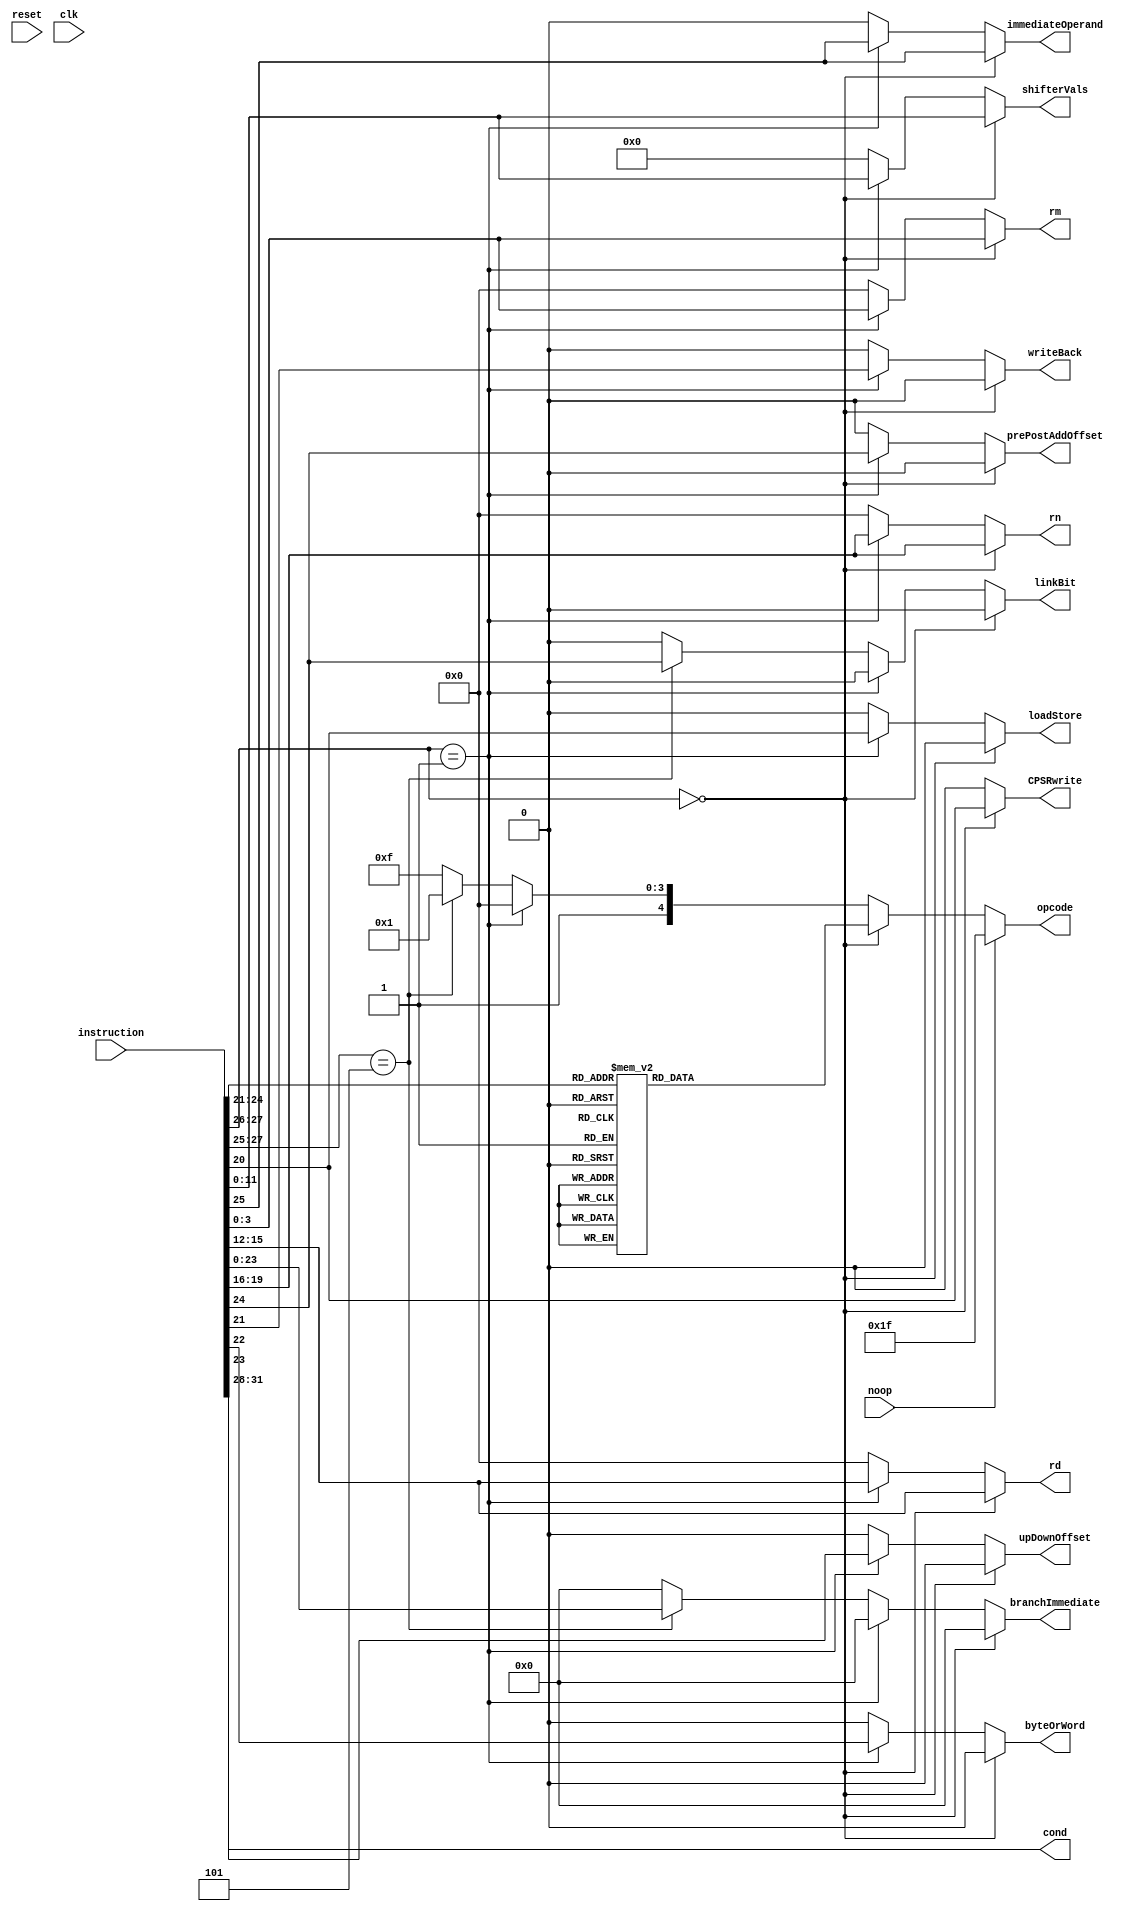
module  sortInstruction(instruction, noop,linkBit, prePostAddOffset, upDownOffset, shifterVals,
												byteOrWord, writeBack, loadStore, rd, rn, rm, opcode,
												cond, branchImmediate, reset, clk, CPSRwrite, immediateOperand);

	input wire [31:0] instruction;
	input wire reset, clk, noop;

	output reg linkBit, prePostAddOffset, upDownOffset, byteOrWord, writeBack,
							 loadStore, CPSRwrite, immediateOperand;
	output reg [3:0] rd, rn, rm, cond;
	output reg [4:0] opcode;
	output reg [23:0] branchImmediate;
	
	
	//no more rotateVal, immediateVal
	//no more rm_shiftSDT
	output reg [11:0] shifterVals;

	

	always @* begin

	// information used by all instructions
		cond = instruction [31:28];
		opcode = 5'b11111; //invalid opcode
		rn = 0;
		rd = 0;
		rm = 0;
		
		// data processing information
		CPSRwrite = 0;
		immediateOperand = 0;
		
		//single data transfer information
		linkBit = 0;
		branchImmediate = 0;
		prePostAddOffset = 0;
		upDownOffset = 0;
		byteOrWord = 0;
		writeBack = 0;
		loadStore = 0;
		shifterVals = 0;

		if (instruction [27:26] == 2'b00)  //if instruction format is "data processing"
		
		begin
			rn = instruction[19:16];
			rd = instruction[15:12];
			rm = instruction[3:0];
			immediateOperand = instruction[25];
			shifterVals = instruction[11:0];
			CPSRwrite = instruction [20]; 		// Set conditionc codes
		
			case (instruction [24:21]) //opcode
			//	encode opcode for ALU
			4'b0000: opcode = 5'b00000;  //"AND"
			4'b0001: opcode = 5'b00001;  //"EOR"
			4'b0010: opcode = 5'b00010;  //"SUB"
			4'b0011: opcode = 5'b00011;  //"RSB"
			4'b0100: opcode = 5'b00100;  //"ADD"
			4'b0101: opcode = 5'b00101;  //"ADC"
			4'b0110: opcode = 5'b00110;  //"SBC"
			4'b0111: opcode = 5'b00111;  //"RSC"
			4'b1000: opcode = 5'b01000;  //"TST"
			4'b1001: opcode = 5'b01001;  //"TEQ"
			4'b1010: opcode = 5'b01010;  //"CMP"
			4'b1011: opcode = 5'b01011;  //"CMN"
			4'b1100: opcode = 5'b01100;  //"ORR"
			4'b1101: opcode = 5'b01101;  //"MOV"
			4'b1110: opcode = 5'b01110;  //"BIC"
			4'b1111: opcode = 5'b01111;  //"MVN"
			endcase
		end

		else if (instruction [27:26] == 2'b01)  //if instruction format is "single data transfer"
			
			begin 
			
			opcode = 5'b10000; // code for load or store
			
			prePostAddOffset = instruction[24];
			upDownOffset = instruction[23];
			byteOrWord = instruction[22];
			writeBack = instruction[21];
			loadStore = instruction[20];
			rn = instruction[19:16];
			rd = instruction[15:12];
			rm = instruction[3:0];
			immediateOperand = instruction[25];
			shifterVals = instruction[11:0];
			end

		else if (instruction [27:25] == 3'b101) //if instruction format is branch
			begin
			
			opcode = 5'b10001; // code for branch
			
			linkBit = instruction[24];
			branchImmediate = instruction[23:0];
			end
			
			if (noop == 1)
				opcode = 5'b11111;
			
			
	end

endmodule






/*
module  sortInstruction_testbench();

	reg [31:0] instruction;
	reg reset, clk;
	wire linkBit, prePostAddOffset, upDownOffset, byteOrWord, writeBack,
							 loadStore;
	wire [3:0] rd, rn, rm, opcode, cond, rotateVal;
	wire [7:0] rm_shift, immediateVal;
	wire [11:0] immediateOffset;
	wire [23:0] branchImmediate;

sortInstruction dut (.instruction(instruction), .linkBit(linkBit), .prePostAddOffset(prePostAddOffset), .upDownOffset(upDownOffset),
												.byteOrWord(byteOrWord), .writeBack(writeBack), .loadStore(loadStore), .rd(rd), .rn(rn), .rm(rm), .opcode(opcode),
												.cond(cond), .rotateVal(rotateVal), .rm_shift(rm_shift), .immediateVal(immediateVal), .immediateOffset(immediateOffset),
												.branchImmediate(branchImmediate),.reset(reset), .clk(clk));


 // Set up the clock.
 parameter CLOCK_PERIOD=100;
 initial begin
	clk <= 0;
	forever #(CLOCK_PERIOD/2) clk <= ~clk;
 end

 // Set up the inputs to the design. Each line is a clock cycle.
 initial begin
													@(posedge clk);
		reset	<= 1;								@(posedge clk);
		reset	<= 0;								@(posedge clk);
													@(posedge clk);
	instruction = 32'h00000000;			@(posedge clk);
													@(posedge clk);
													@(posedge clk);
													@(posedge clk);
													@(posedge clk);
													@(posedge clk);
	instruction = 32'he28db004;			@(posedge clk);
													@(posedge clk);
													@(posedge clk);
													@(posedge clk);
													@(posedge clk);
	instruction = 32'he59f0014;			@(posedge clk);
													@(posedge clk);
													@(posedge clk);
													@(posedge clk);
													@(posedge clk);
	instruction = 32'hebfffffe;			@(posedge clk);
													@(posedge clk);
													@(posedge clk);
													@(posedge clk);
													@(posedge clk);
													@(posedge clk);
													@(posedge clk);
													@(posedge clk);
													@(posedge clk);
	instruction = 32'he3a03000;			@(posedge clk);
													@(posedge clk);
													@(posedge clk);
													@(posedge clk);
													@(posedge clk);
													@(posedge clk);
													@(posedge clk);
													@(posedge clk);
													@(posedge clk);
													@(posedge clk);

		$stop; // End the simulation.

 end
endmodule
*/